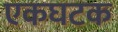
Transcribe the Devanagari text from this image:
एकघटक